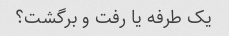
یک طرفه یا رفت و برگشت؟